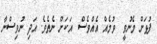
ފުޅަށް މެނުވީ  ވުމެއް އެއްވެސް  އަކަށް ނެތެވެ. އަދި ނުވިސްނާ